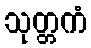
သုတ္တကံ